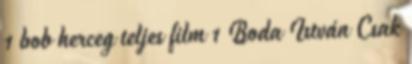
1 bob herceg teljes film 1 Boda István Csak